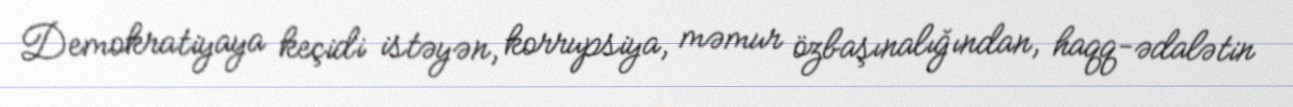
Demokratiyaya keçidi istəyən, korrupsiya, məmur özbaşınalığından, haqq-ədalətin